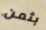
بثمن